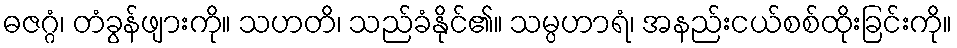
ဓဇဂ္ဂံ၊ တံခွန်ဖျားကို။ သဟတိ၊ သည်ခံနိုင်၏။ သမ္ပဟာရံ၊ အနည်းငယ်စစ်ထိုးခြင်းကို။